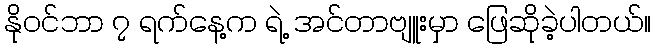
နိုဝင်ဘာ ၇ ရက်နေ့က ရဲ့ အင်တာဗျူးမှာ ဖြေဆိုခဲ့ပါတယ်။